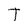
Character: T